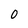
Character: 0